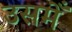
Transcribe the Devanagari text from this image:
उसमेँ